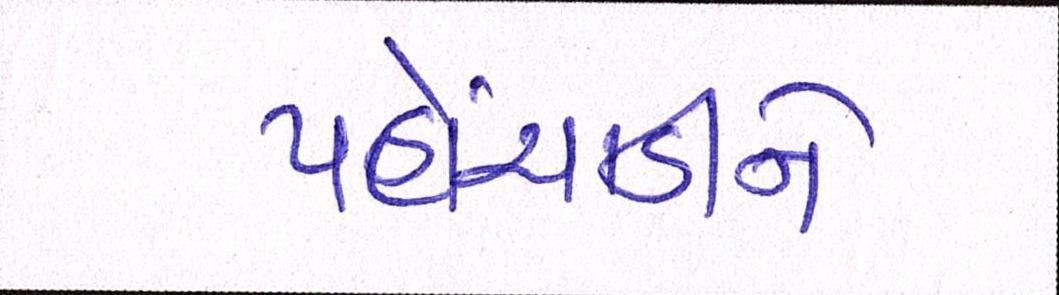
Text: પહોંચાડીને